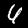
Digit: 6